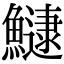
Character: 𬵯